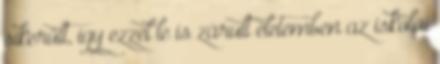
sikerült, így ezzel le is zárult életemben az iskolai